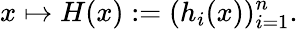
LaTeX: x\mapsto H(x):=(h_{i}(x))_{i=1}^{n}.